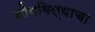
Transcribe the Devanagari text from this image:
सोपविल्याचा